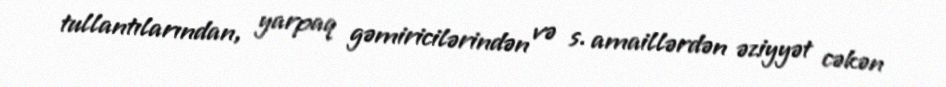
tullantılarından, yarpaq gəmiricilərindən və s. amaillərdən əziyyət cəkən